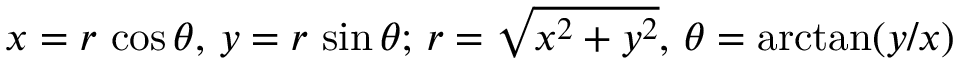
x = r \, \cos \theta , \, y = r \, \sin \theta ; \, r = { \sqrt { x ^ { 2 } + y ^ { 2 } } } , \, \theta = \arctan ( y / x )